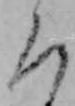
ろ